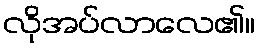
လိုအပ်လာလေ၏။